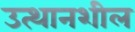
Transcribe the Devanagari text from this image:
उत्थानशील